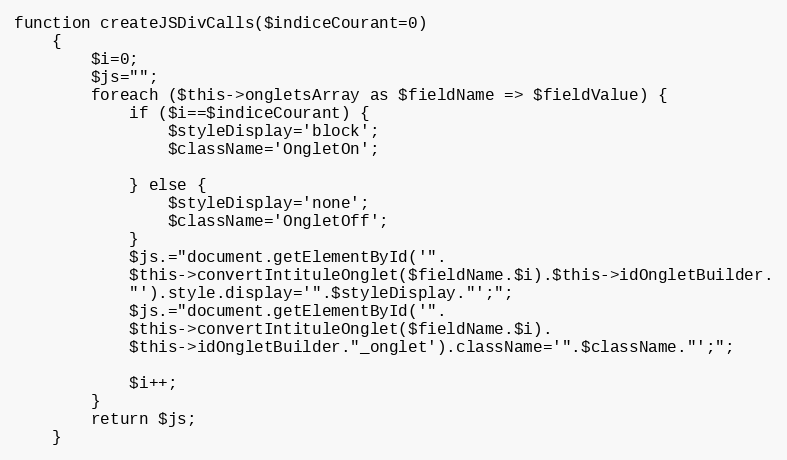
Language: PHP
function createJSDivCalls($indiceCourant=0)
    {
        $i=0;
        $js="";
        foreach ($this->ongletsArray as $fieldName => $fieldValue) {
            if ($i==$indiceCourant) {
                $styleDisplay='block';
                $className='OngletOn';

            } else {
                $styleDisplay='none';
                $className='OngletOff';
            }
            $js.="document.getElementById('".
            $this->convertIntituleOnglet($fieldName.$i).$this->idOngletBuilder.
            "').style.display='".$styleDisplay."';";
            $js.="document.getElementById('".
            $this->convertIntituleOnglet($fieldName.$i).
            $this->idOngletBuilder."_onglet').className='".$className."';";

            $i++;
        }
        return $js;
    }